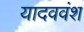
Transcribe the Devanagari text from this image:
यादववंश